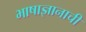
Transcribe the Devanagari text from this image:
भाषाज्ञानाची